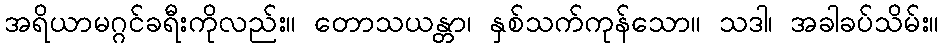
အရိယာမဂ္ဂင်ခရီးကိုလည်း။ တောသယန္တာ၊ နှစ်သက်ကုန်သော။ သဒါ၊ အခါခပ်သိမ်း။